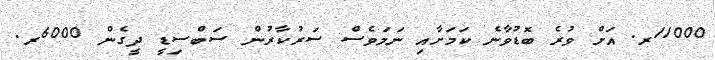
11000ރ. އަށް ވުރެ ބޮޑުވާނެ ކަމަށާއި ނަމަވެސް ސަރުކާރުން ސަބްސިޑީ ދީގެން 6000ރ.